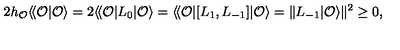
2 h _ { \cal O } \langle \! \langle { \cal O } | { \cal O } \rangle = 2 \langle \! \langle { \cal O } | L _ { 0 } | { \cal O } \rangle = \langle \! \langle { \cal O } | [ L _ { 1 } , L _ { - 1 } ] | { \cal O } \rangle = \| L _ { - 1 } | { \cal O } \rangle \| ^ { 2 } \geq 0 ,